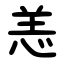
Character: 恙